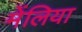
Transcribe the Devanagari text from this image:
मेंलिया